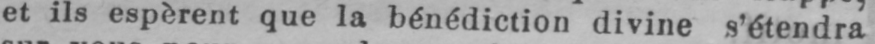
et ils espèrent que la bénédiction divine s’étendra